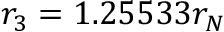
r _ { 3 } = 1 . 2 5 5 3 3 r _ { N }